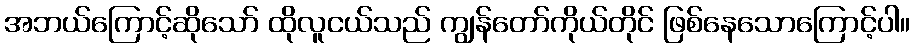
အဘယ်ကြောင့်ဆိုသော် ထိုလူငယ်သည် ကျွန်တော်ကိုယ်တိုင် ဖြစ်နေသောကြောင့်ပါ။